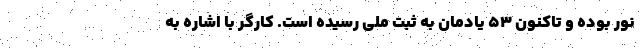
نور بوده و تاکنون ۵۳ یادمان به ثبت ملی رسیده است. کارگر با اشاره به